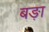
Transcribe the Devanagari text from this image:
बङ़ा